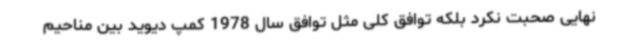
نهایی صحبت نکرد بلکه توافق کلی مثل توافق سال 1978 کمپ دیوید بین مناحیم